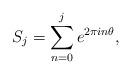
LaTeX: \begin{align*} S_j = \sum_{n=0}^j e^{2\pi i n\theta},\end{align*}